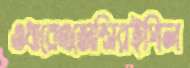
ওধারেএজেন্সিরইপিল